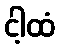
ငါ့ထံ